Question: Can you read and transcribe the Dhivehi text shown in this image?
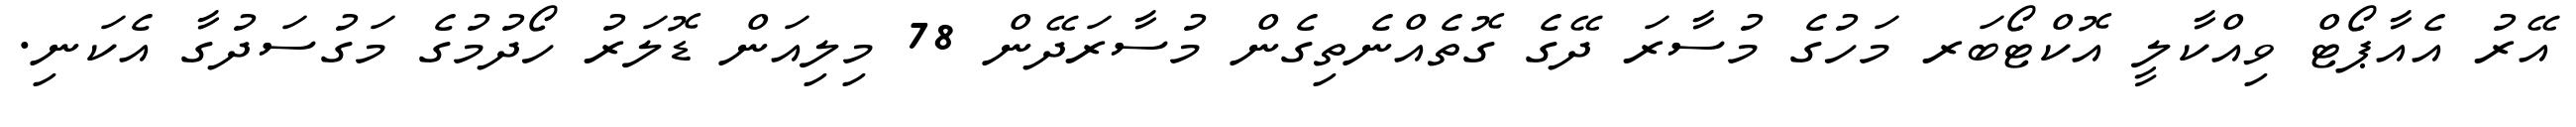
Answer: އޭރު އެއާޕޯޓް ވިއްކާލީ އޮކްޓޯބަރ މަހުގެ މުސާރަ ދޭގެ ގޮތެއްނެތިގެން މުސާރަދޭން 78 މިލިއަން ޑޮލަރު ހޯދުމުގެ މަގުސަދުގާ އެކަނި.